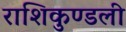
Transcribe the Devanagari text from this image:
राशिकुण्डली